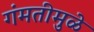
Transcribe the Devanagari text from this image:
गंमतीमुळे